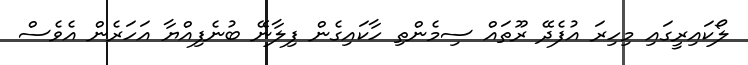
ލޯކައިރީގައި މިހިރަ އުފެދޭ ރޫތައް ސިމެންތި ހާކައިގެން ފިލާނޭ ބުނެފިއްޔާ އަހަރެން އެވެސް